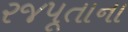
રજપૂતાના